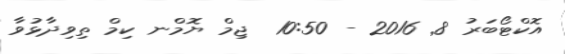
އޮކްޓޯބަރު 8